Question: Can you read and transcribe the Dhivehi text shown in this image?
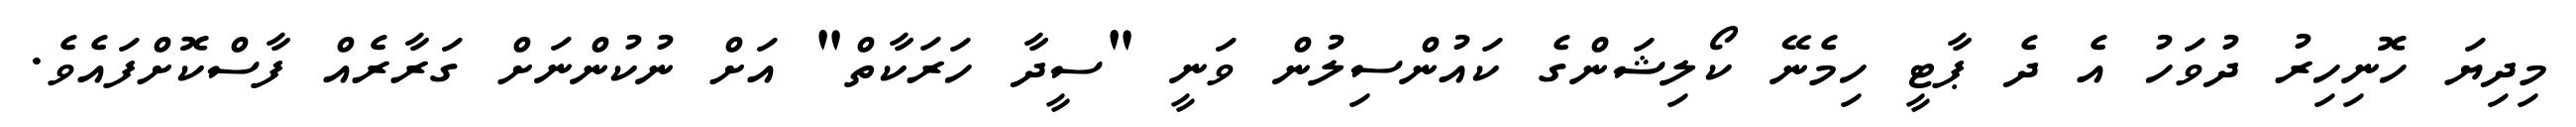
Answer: މިދިޔަ ހޮނިހިރު ދުވަހު އެ ދެ ޕާޓީ ހިމެނޭ ކޯލިޝަންގެ ކައުންސިލުން ވަނީ "ސީދާ ހަރަކާތް" އަށް ނުކުންނަށް ގަރާރެއް ފާސްކޮށްފައެވެ.